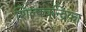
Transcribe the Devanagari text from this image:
शिल्पचन्द्रिका